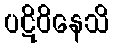
ပဋိဝိနေသိ